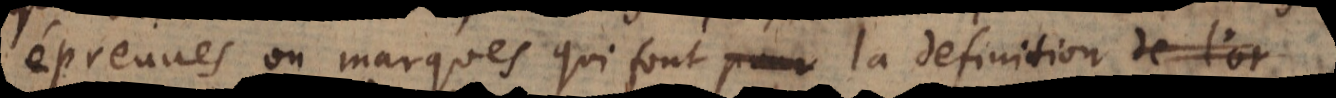
épreuves ou marques qui font la definition de l